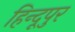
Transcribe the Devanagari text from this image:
हिन्दूपुर